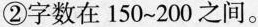
②字数在150~200之间。